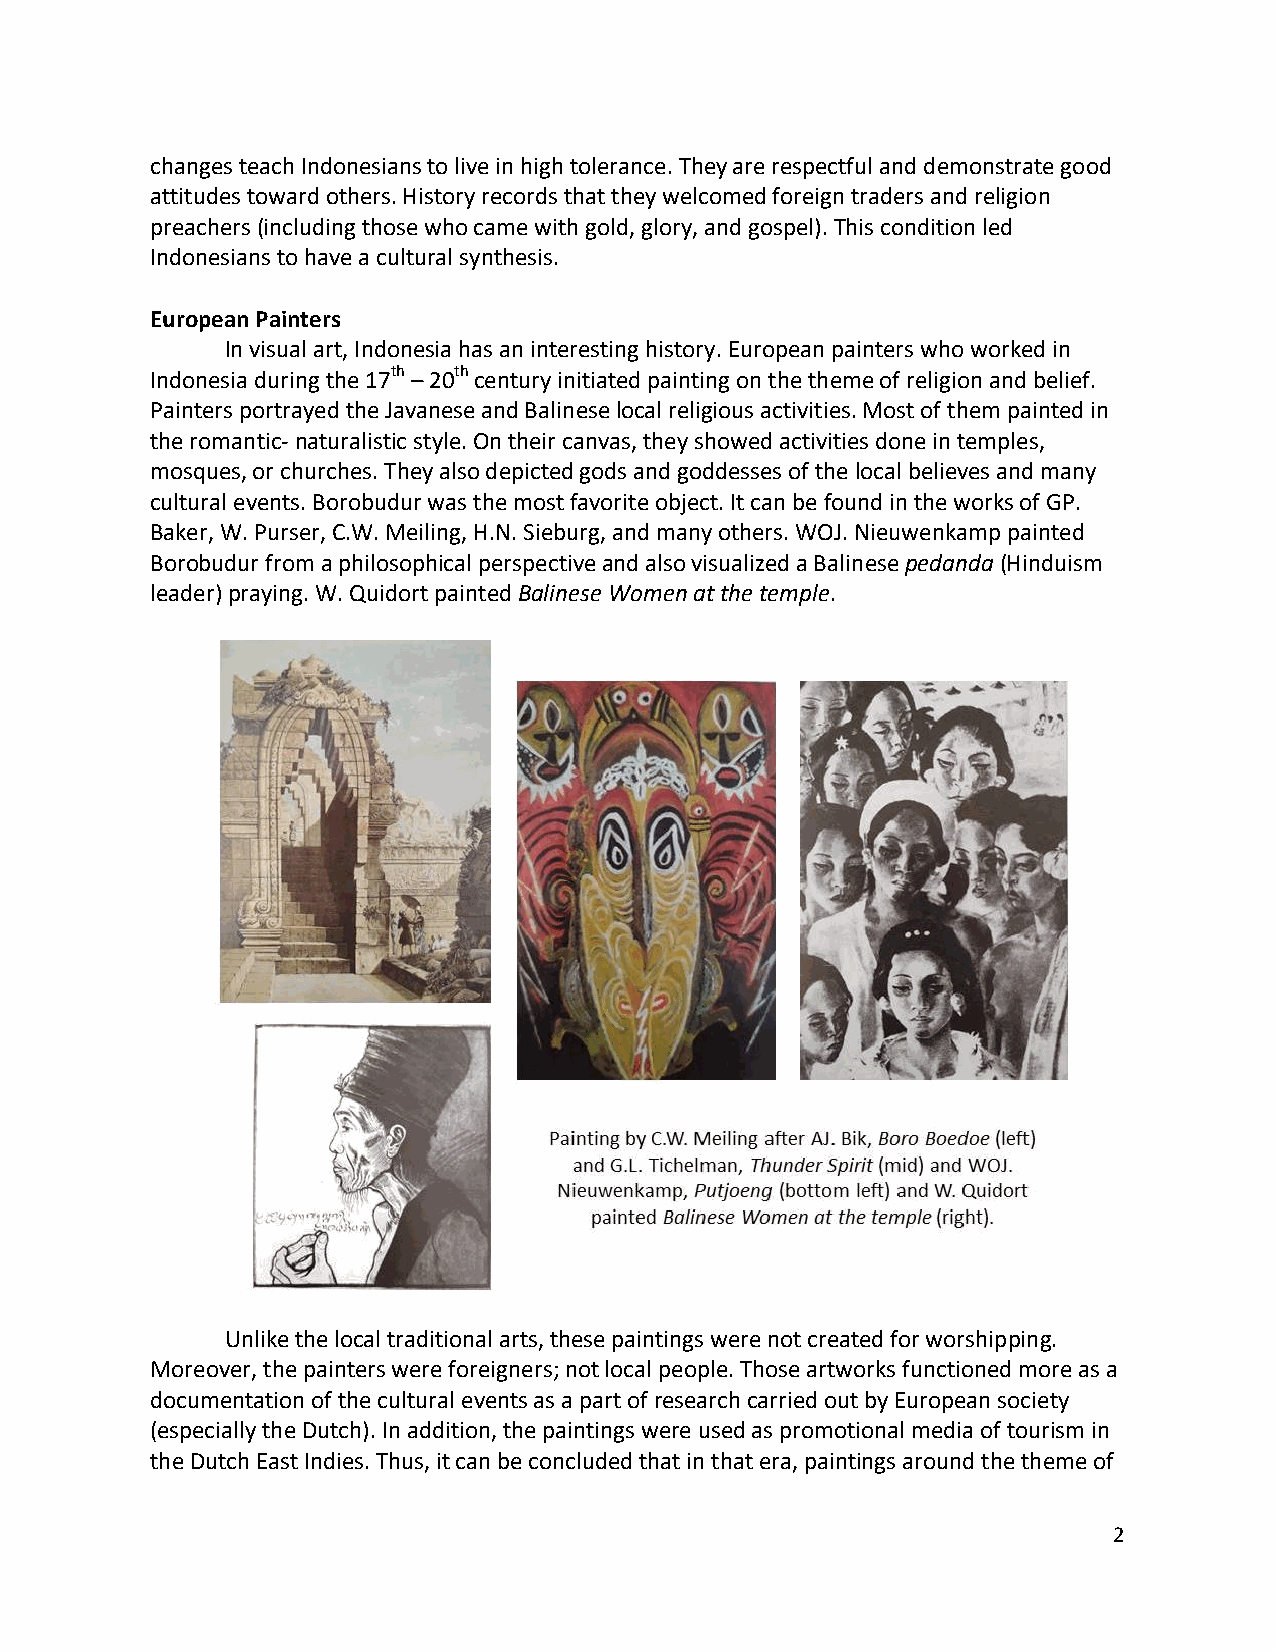
changes teach Indonesians to live in high tolerance. They are respectful and demonstrate good
 attitudes toward others. History records that they welcomed foreign traders and religion
 preachers (including those who came with gold, glory, and gospel). This condition led
 Indonesians to have a cultural synthesis.
 European Painters
 In visual art, Indonesia has an interesting history. European painters who worked in
 Indonesia during the 17th – 20th century initiated painting on the theme of religion and belief.
 Painters portrayed the Javanese and Balinese local religious activities. Most of them painted in
 the romantic- naturalistic style. On their canvas, they showed activities done in temples,
 mosques, or churches. They also depicted gods and goddesses of the local believes and many
 cultural events. Borobudur was the most favorite object. It can be found in the works of GP.
 Baker, W. Purser, C.W. Meiling, H.N. Sieburg, and many others. WOJ. Nieuwenkamp painted
 Borobudur from a philosophical perspective and also visualized a Balinese pedanda (Hinduism
 leader) praying. W. Quidort painted Balinese Women at the temple.
 Unlike the local traditional arts, these paintings were not created for worshipping.
 Moreover, the painters were foreigners; not local people. Those artworks functioned more as a
 documentation of the cultural events as a part of research carried out by European society
 (especially the Dutch). In addition, the paintings were used as promotional media of tourism in
 the Dutch East Indies. Thus, it can be concluded that in that era, paintings around the theme of
 2